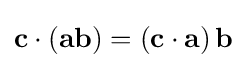
\mathbf {c} \cdot \left(\mathbf {a} \mathbf {b} \right)=\left(\mathbf {c} \cdot \mathbf {a} \right)\mathbf {b}